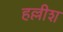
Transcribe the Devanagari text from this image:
हल्लीश